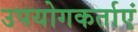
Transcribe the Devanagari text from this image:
उपयोगकर्ताएं